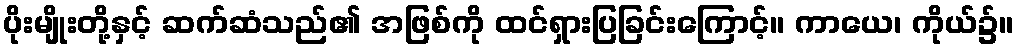
ပိုးမျိုးတို့နှင့် ဆက်ဆံသည်၏ အဖြစ်ကို ထင်ရှားပြခြင်းကြောင့်။ ကာယေ၊ ကိုယ်၌။